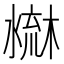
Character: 𣻤